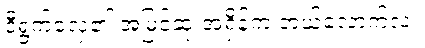
ဒီရွက်လှေ၏ အမြင့်ဆုံးအရှိန်က ဘယ်လောက်လဲ။